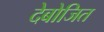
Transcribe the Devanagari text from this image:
देबोजित